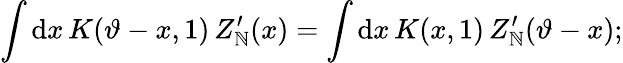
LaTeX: \int\mathrm{d}x\, K(\vartheta-x,1)\, Z_{\mathbb{N}}^{\prime}(x)=\int\mathrm{d}x\, K(x,1)\, Z_{\mathbb{N}}^{\prime}(\vartheta-x);